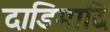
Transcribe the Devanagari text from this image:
दाडिमादि